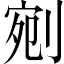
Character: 剜